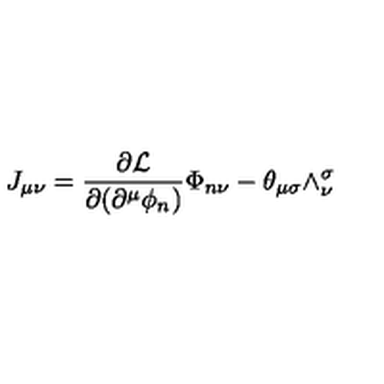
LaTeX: J _ { \mu \nu } = \frac { \partial { \cal L } } { \partial ( \partial ^ { \mu } \phi _ { n } ) } \Phi _ { n \nu } - \theta _ { \mu \sigma } \wedge _ { \nu } ^ { \sigma }